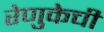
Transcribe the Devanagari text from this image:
रेणुकेची